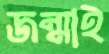
জন্মাই